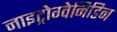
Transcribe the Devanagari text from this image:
नाइट्रोग्वेनिडिन